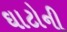
ઘાટોની